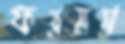
ফরমস